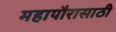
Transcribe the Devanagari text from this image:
महापौरासाठी